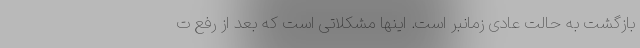
بازگشت به حالت عادی زمانبر است. اینها مشکلاتی است که بعد از رفع ت